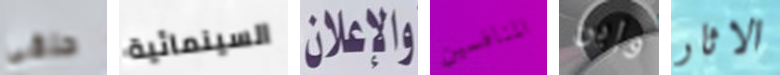
حلقي السينمائية والاعلان المنافسين وإبن الاثار